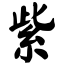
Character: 紫